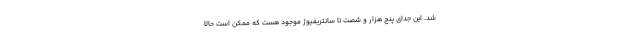
شد. این جدای پنج هزار و شصت تا سانتریفیوژ موجود هست که ممکن است حالا